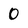
Character: 0